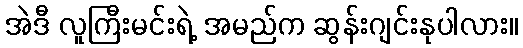
အဲဒီ လူကြီးမင်းရဲ့ အမည်က ဆွန်းဂျင်းနုပါလား။